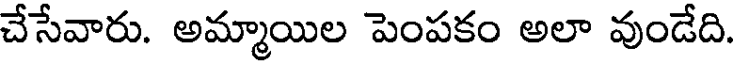
చేసేవారు. అమ్మాయిల పెంపకం అలా వుండేది.